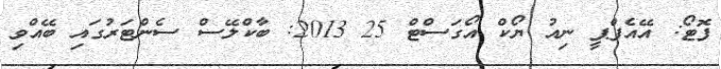
ފޮޓޯ: އޭއެފްޕީ ނިއު ޔޯކް އޯގަސްޓް 25 2013: ބާކްލޭސް ސެންޓަރުގައި ބޭއްވި